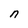
Character: n